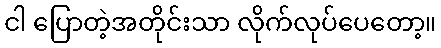
ငါ ပြောတဲ့အတိုင်းသာ လိုက်လုပ်ပေတော့။